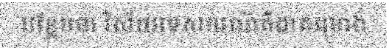
បន្ថែមថា វិស័យទេសចរណ៍គឺជាគម្រោង